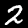
Label: 2